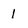
Character: l